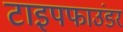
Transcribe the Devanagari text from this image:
टाइपफाउंडर